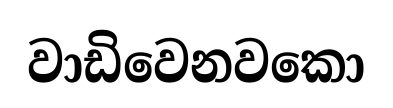
වාඩිවෙනවකො